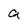
Character: a